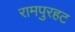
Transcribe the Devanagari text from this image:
रामपुरहट